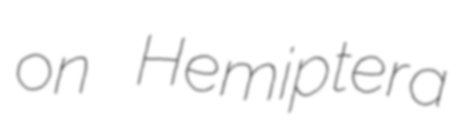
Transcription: on Hemiptera